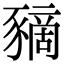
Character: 豴